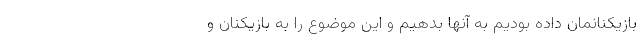
بازیکنانمان داده بودیم به آنها بدهیم و این موضوع را به بازیکنان و